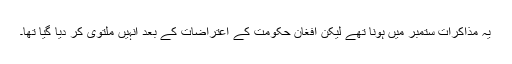
یہ مذاکرات ستمبر میں ہونا تھے لیکن افغان حکومت کے اعتراضات کے بعد انہیں ملتوی کر دیا گیا تھا۔